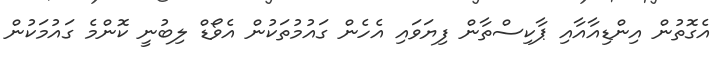
އެގޮތުން އިންޑިއާއާއި ޕާކިސްތާން ފިޔަވައި އެހެން ގައުމުތަކުން އެވޯޑް ލިބުނީ ކޮންމެ ގައުމަކުން